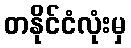
တနိုင်ငံလုံးမှ